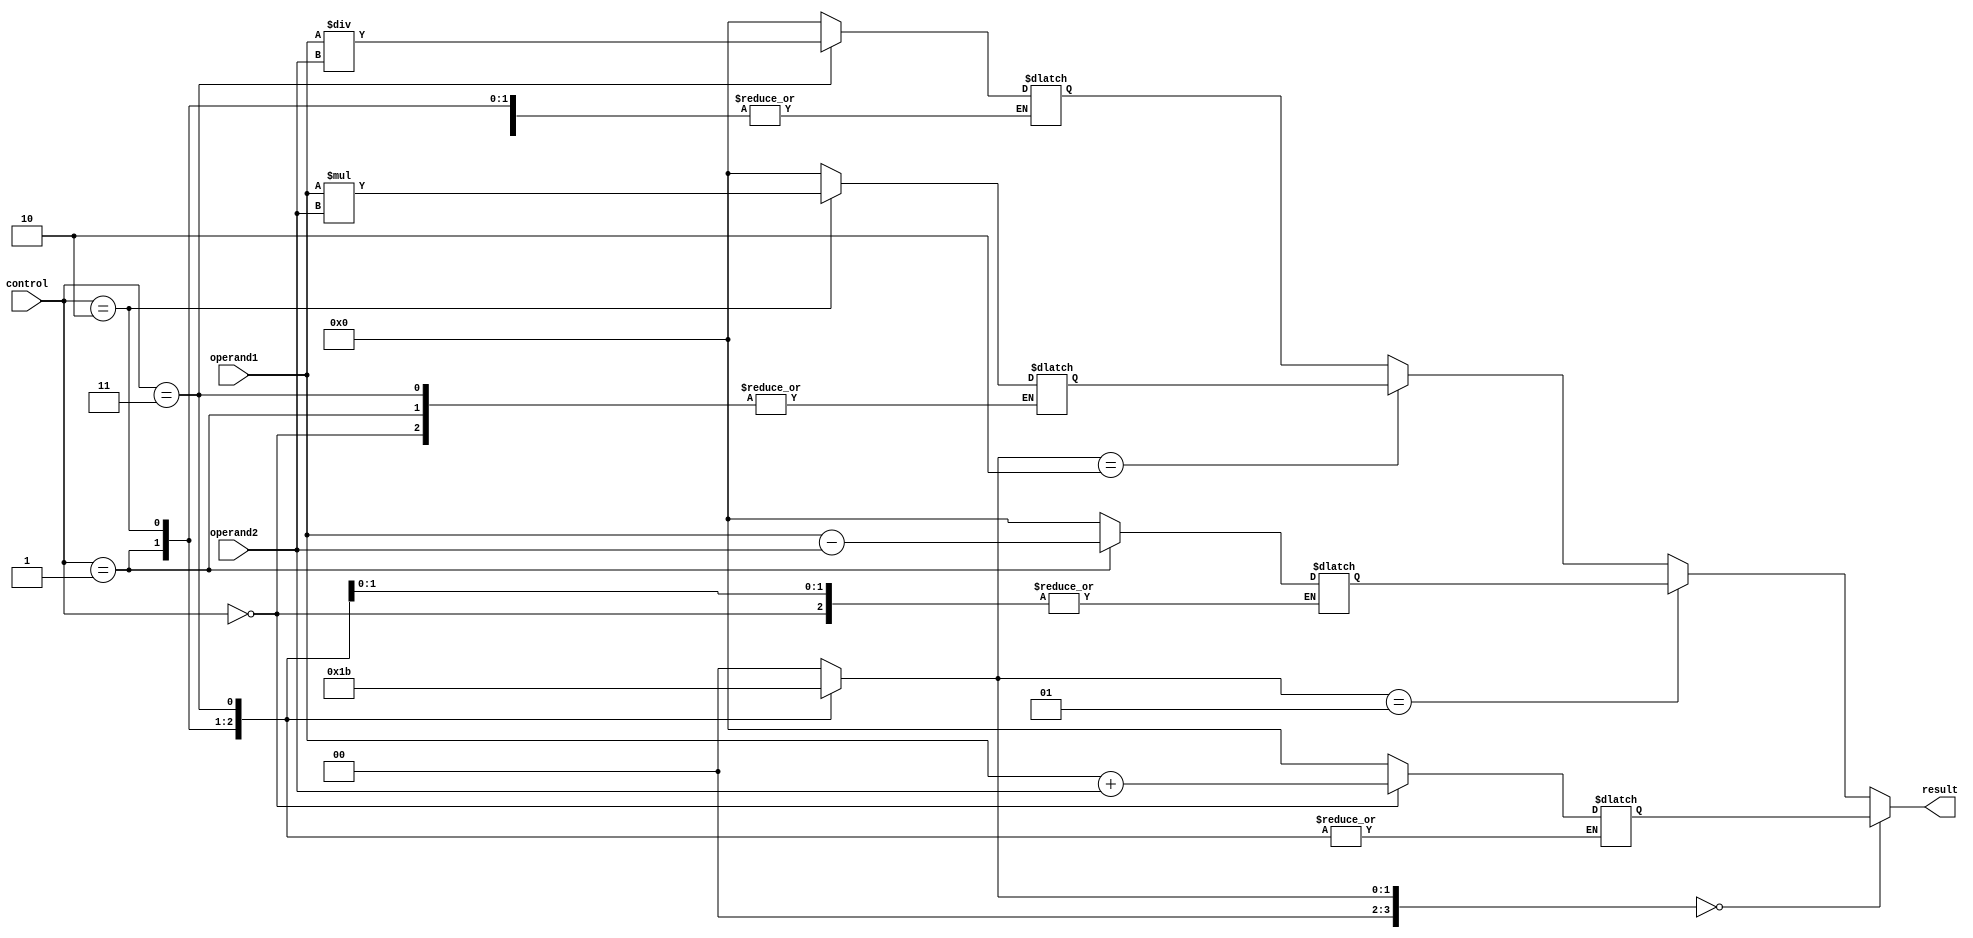
module alu_16bit (

  input  [15:0] operand1,

  input  [15:0] operand2,

  input  [2:0]  control,

  output [15:0] result

);

reg    [15:0] add_result, sub_result, mul_result, div_result;

reg    [3:0]  state;

always @ (control or operand1 or operand2)

begin

  case (control)

    3'h0: begin

           add_result <= operand1 + operand2;

           state <= 4'd0;

         end

    3'h1: begin

           sub_result <= operand1 - operand2;

           state <= 4'd1;

         end

    3'h2: begin

           mul_result <= operand1 * operand2;

           state <= 4'd2;

         end

    3'h3: begin

           div_result <= operand1 / operand2;

           state <= 4'd3;

         end

    default: begin

           add_result <= 16'd0;

           sub_result <= 16'd0;

           mul_result <= 16'd0;

           div_result <= 16'd0;

           state <= 4'd0;

         end

  endcase

end

assign result = (state == 4'd0) ? add_result :

                (state == 4'd1) ? sub_result :

                (state == 4'd2) ? mul_result :

                                  div_result;

endmodule